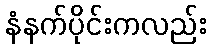
နံနက်ပိုင်းကလည်း